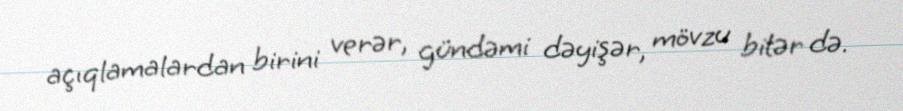
açıqlamalardan birini verər, gündəmi dəyişər, mövzu bitər də.